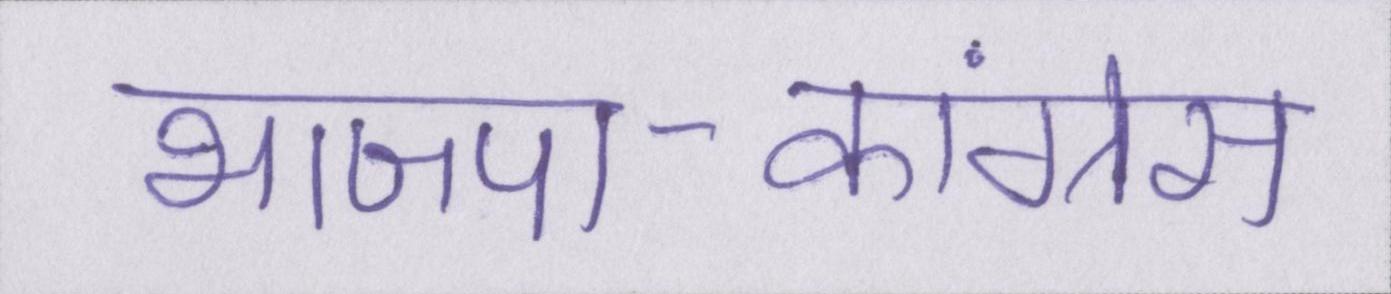
भाजपा-कांग्रेस